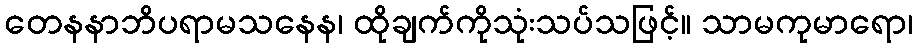
တေနနာဘိပရာမသနေန၊ ထိုချက်ကိုသုံးသပ်သဖြင့်။ သာမကုမာရော၊